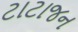
ટાટાજન